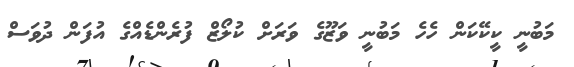
މަބުނީ ކީކޭކަން ހެހެ މަބުނީ ވަޒޫގެ ވަރަށް ކުލޯޒް ފުރެންޑެއްގެ އުފަން ދުވަސް